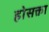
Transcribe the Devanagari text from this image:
होसक्ता